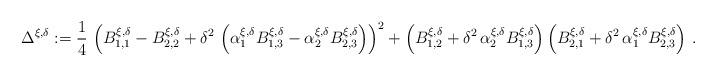
LaTeX: \begin{align*}\Delta^{\xi,\delta}:=\frac14\,\left(B_{1,1}^{\xi,\delta}-B_{2,2}^{\xi,\delta}+\delta^2\,\left(\alpha_1^{\xi,\delta}B_{1,3}^{\xi,\delta}-\alpha_2^{\xi,\delta}B_{2,3}^{\xi,\delta}\right)\right)^2+\left(B_{1,2}^{\xi,\delta}+\delta^2\,\alpha_2^{\xi,\delta}B_{1,3}^{\xi,\delta}\right)\left(B_{2,1}^{\xi,\delta}+\delta^2\,\alpha_1^{\xi,\delta}B_{2,3}^{\xi,\delta}\right)\,.\end{align*}